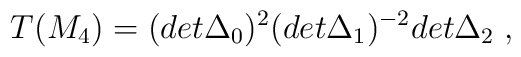
T(M_4)=(det\Delta_0)^2(det\Delta_1)^{-2}det\Delta_2 \;,